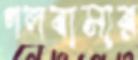
পলবাসার